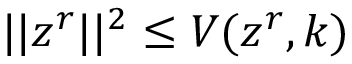
\lvert | z ^ { r } \rvert | ^ { 2 } \leq V ( z ^ { r } , k )